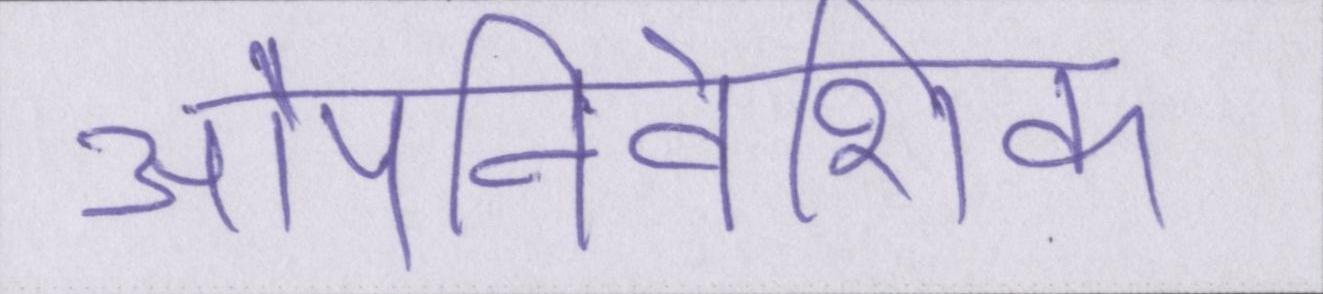
औपनिवेशिक